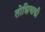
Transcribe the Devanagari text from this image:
तोशियाकी